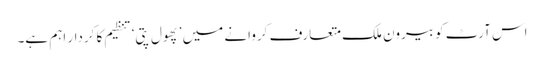
اس آرٹ کو بیرون ملک متعارف کروانے میں ’پھول پتی‘ تنظیم کا کردار اہم ہے۔